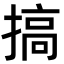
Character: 搞